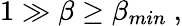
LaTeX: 1\gg\beta\geq\beta_{min}~,